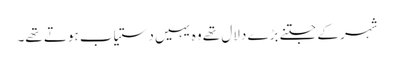
شہر کے جتنے بڑے دلال تھے وہ یہیں دستیاب ہوتے تھے۔